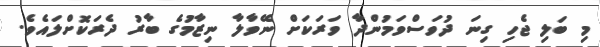
މި ބަލި ޖެހި ގިނަ ދުވަސްވަމުންދާ ވަރަކަށް ނޭވާލާ ނިޒާމުގެ ބާރު ދެރަކޮށްލައެވެ.